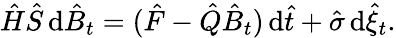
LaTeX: \hat{H}\hat{S}\, \mathrm{d}\hat{B}_{t}=(\hat{F}-\hat{Q}\hat{B}_{t})\, \mathrm{d}\hat{t}+\hat{\sigma}\, \mathrm{d}\hat{\xi}_{t}.